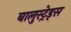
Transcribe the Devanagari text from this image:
बालुस्‍ट्रेड्स